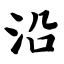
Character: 沿